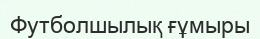
Футболшылық ғұмыры